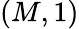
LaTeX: (M,1)